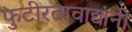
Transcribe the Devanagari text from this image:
फुटीरतावाद्यांनी